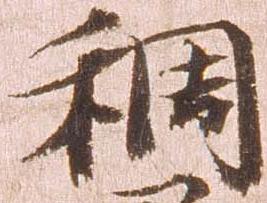
稠